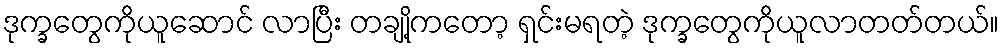
ဒုက္ခတွေကိုယူဆောင် လာပြီး တချို့ကတော့ ရှင်းမရတဲ့ ဒုက္ခတွေကိုယူလာတတ်တယ်။